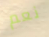
نعم